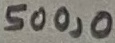
Text: 500,0